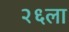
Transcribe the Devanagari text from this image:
२६ला